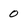
Character: 0